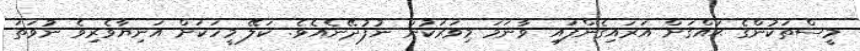
މީސްތަކުންގެ ޙައްޤަށް އަރައިގެންފައި ވާނަމަ މިވަރަކުން ނުފުދޭނެއެވެ. ކަލޭ މީހަކަށް އަނިޔާވެރިވެ ނުވަތަ